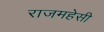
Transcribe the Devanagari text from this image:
राजमहेसी